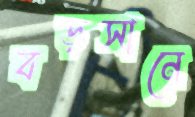
বড়সানে